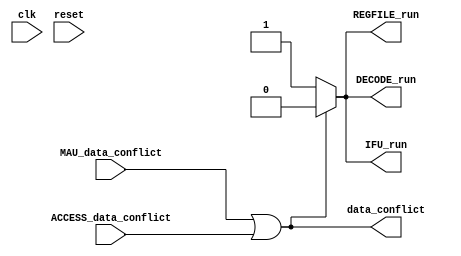
module RCU( //run control unit
input MAU_data_conflict,
input ACCESS_data_conflict,
input clk,
input reset,
output reg IFU_run,
output reg DECODE_run,
output reg REGFILE_run,
output data_conflict
);

assign data_conflict = MAU_data_conflict|ACCESS_data_conflict;

always@(*)begin
	if(data_conflict == 1'b1)begin
		IFU_run = 1'b0;
	end
	else begin
		IFU_run = 1'b1;
	end
end

always@(*)begin
	if(data_conflict == 1'b1)begin
		DECODE_run = 1'b0;
	end
	else begin
		DECODE_run = 1'b1;
	end
end

always@(*)begin
	if(data_conflict == 1'b1)begin
		REGFILE_run = 1'b0;
	end
	else begin
		REGFILE_run = 1'b1;
	end
end


endmodule